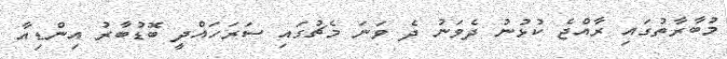
މުބާރާތުގައި ރާއްޖެ ކުޅުނު ދެވަނު ދެ ވަނަ މެޗުގައި ސަރަހައްދީ ބޮޑުބާރު އިންޑިއާ